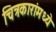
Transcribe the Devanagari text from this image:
चित्रकारांमध्ये